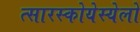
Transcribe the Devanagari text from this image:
त्सारस्कोयेस्येलो